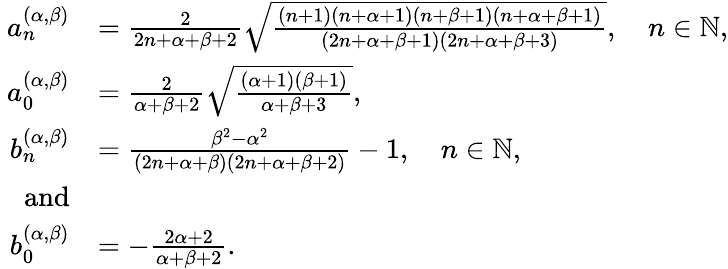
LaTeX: \begin{array}{rl}{a_{n}^{(\alpha,\beta)}}&{=\frac{2}{2n+\alpha+\beta+2}\sqrt{\frac{(n+1)(n+\alpha+1)(n+\beta+1)(n+\alpha+\beta+1)}{(2n+\alpha+\beta+1)(2n+\alpha+\beta+3)}},\quad n\in\mathbb{N},}\\ {\ a_{0}^{(\alpha,\beta)}}&{=\frac{2}{\alpha+\beta+2}\sqrt{\frac{(\alpha+1)(\beta+1)}{\alpha+\beta+3}},}\\ {b_{n}^{(\alpha,\beta)}}&{=\frac{\beta^{2}-\alpha^{2}}{(2n+\alpha+\beta)(2n+\alpha+\beta+2)}-1,\quad n\in\mathbb{N},\ }\\ {\mathrm{and}}\\ {b_{0}^{(\alpha,\beta)}}&{={-\frac{2\alpha+2}{\alpha+\beta+2}.}}\end{array}